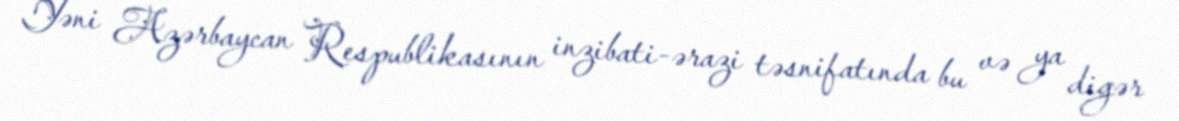
Yəni Azərbaycan Respublikasının inzibati-ərazi təsnifatında bu və ya digər